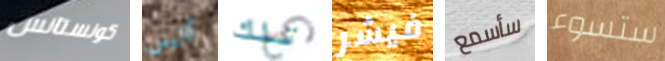
كونستانس أليس تلك فيشر سأسمع ستسوء